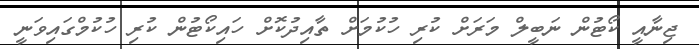
ޖިނާއީ ކޯޓުން ނަބީލް މަރަށް ކުރި ހުކުމަށް ތާއިދުކޮށް ހައިކޯޓުން ކުރި ހުކުމްގައިވަނީ